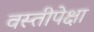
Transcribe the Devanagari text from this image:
वस्तीपेक्षा